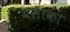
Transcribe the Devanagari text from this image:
यलाका